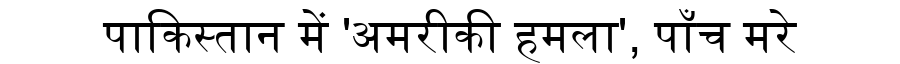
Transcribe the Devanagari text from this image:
पाकिस्तान में 'अमरीकी हमला', पाँच मरे